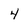
Character: 4